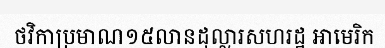
ថវិកាប្រមាណ១៥លានដុល្លារសហរដ្ឋ អាមេរិក